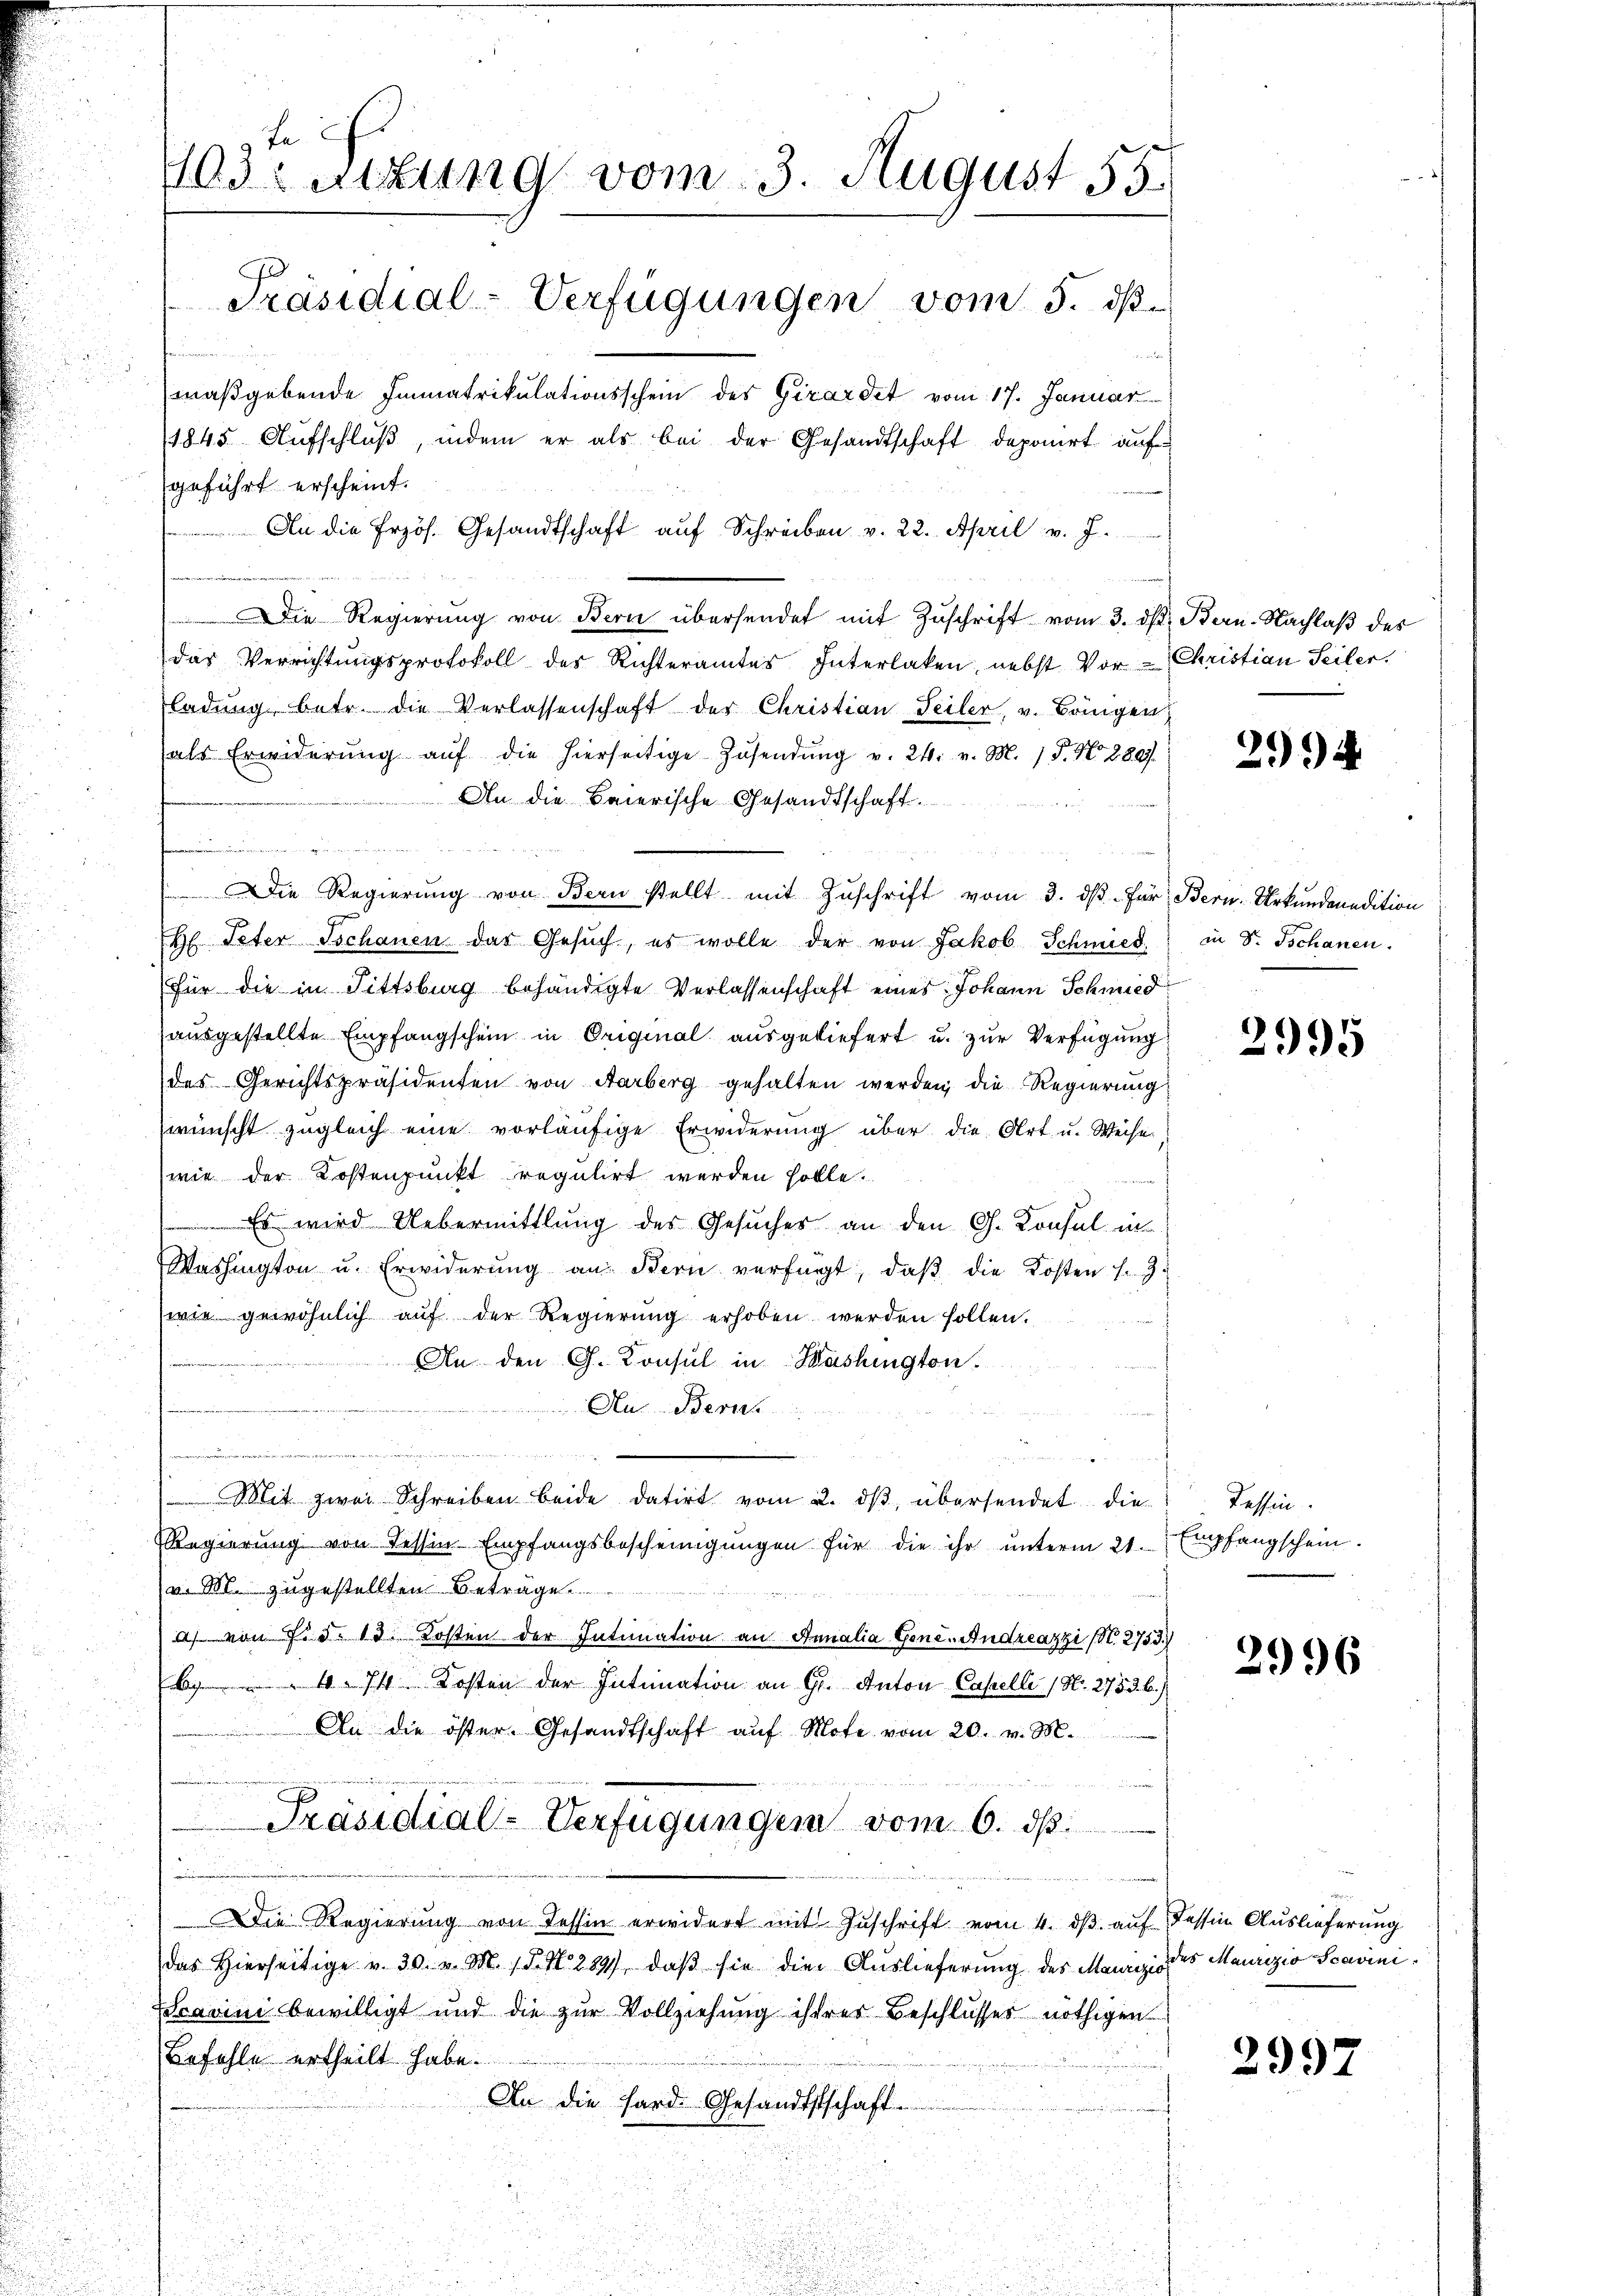
te
1103 Sitzung vom 3. August 55.
Präsidial-Verfügungen vom 5. d.
. anden
maßgebende Immatrikulationsschein des Girardet vom 17. Januar
1845. Aufschluß, indem er als bei der Gesandtschaft deponirt auf
geführt erscheint.
An die Erzös. Gesandtschaft aŭf Schreiben v. 22. April v. J.

Die Regierung von Bern übersendet mit Zuschrift vom 3. ds. Bern. Nachlaß des
das Verrichtungsprotokoll des Richteramtes Interlaken, nebst Vor- Christian Seiter.
ladŭng betr. die Verlassenschaft der Christian Teiler, v. Bringen
als Erwiderŭng aŭf die hierseitige Zŭsendŭng v. 24. v. M. 1 S. Nr. 289.
An die Baierische Gesandtschaft.
e
Die Regierŭng von Bern stellt mit Zŭschrift vom 3. dβ. für Bern Urkundenedition
H Peter Tschanen das Gesŭch, es wolle der von Jakob Schmied
für die in Fittsburg behändigte Verlassenschaft eines Johann Schmied
ausgestellte Empfangschein in Original ausgeliefert u. zur Verfügung
des Gerichtspräsidenten von Aarberg gehalten werden, die Regierung
wünscht zugleich eine vorläufige Erwiderung über die Art u. Weise
wie der Kostenpunkt regulirt werden holte.
Es wird Uebermittlung des Gesŭches an den G. Konsul in
Washington u. Erwiderŭng an Stern verfügt, daβ die Kosten f. 3.
wie gewöhnlich auf der Regierung erhoben werden sollen.
An den G. Konsul in Washington.
Au. Berns
u
Mit zwei Schreiben beide datirt vom 2. dβ übersendet die
Regierung von Tessin Empfangsbescheinigungen für die ihr unterm 21.
a. M. zugestellten Beträge
as von 7. d. 13. Kosten der Intimation an Annalia Gone. Andreazzi (N. 2753.)
 Kosten der Intimation an Gr. Anton Capelle (Nr. 2753. b.)
An die öster. Gesandtschaft aŭf Mote vom 20. v. M.
Präsidial-Verfügungen vom 6. ds.
Die Regierung von Tessin erwidert mit Zuschrift vom 4. dβ aŭf dessin Auslieferung
das hierseitige v. 30. v. M. 18. No 289), daβ sie die Auslieferung des Maurizio des Maurizio Scavinicavini bewilligt und die zur Vollziehung ihrerer Beschlusses nöthigen
Befehle ertheilt habe.
An die Hard. Gesandtstschaft.

2994

in Dr. Tschanen.

2995

Tessin.
Empfangschein.

2996

2997